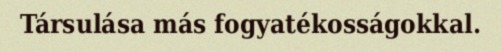
Társulása más fogyatékosságokkal.